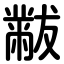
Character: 黻